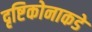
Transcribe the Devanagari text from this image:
दृष्टिकोनाकडे